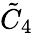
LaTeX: {\tilde{C}}_{4}